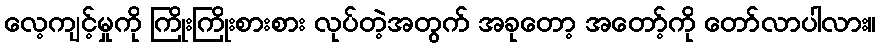
လေ့ကျင့်မှုကို ကြိုးကြိုးစားစား လုပ်တဲ့အတွက် အခုတော့ အတော့်ကို တော်လာပါလား။